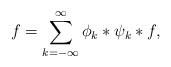
LaTeX: \begin{align*}f=\sum\limits_{k=-\infty}^{\infty} \phi_{k} * \psi_{k} * f,\end{align*}